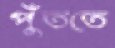
পুঁততে